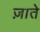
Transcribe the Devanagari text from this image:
ज़ाते